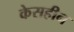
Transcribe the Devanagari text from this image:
केसहीन